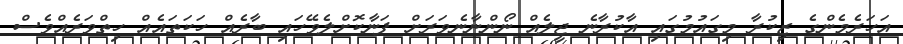
އަހަރެމެންގެ ޒިކުރާ މިގައުމުގައި އާކުރާނެ ޖީލެއް ނޯންނާނެވަރަށް ފަނާކޮށްލެވޭހައި ބާރެއް ހަކަތައެއް ހިތްވަރެއްވެސް